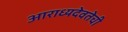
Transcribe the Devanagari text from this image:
आराध्यदेवतेची